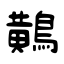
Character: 鷬